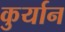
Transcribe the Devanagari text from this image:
कुर्यान